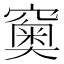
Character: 𥨩